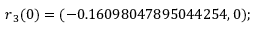
\boldsymbol { r } _ { 3 } ( 0 ) = ( - 0 . 1 6 0 9 8 0 4 7 8 9 5 0 4 4 2 5 4 , 0 ) ;